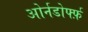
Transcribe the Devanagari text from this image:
ओर्नडोर्फ्फ़